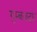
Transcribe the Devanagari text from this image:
गुम्बजदार